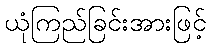
ယုံကြည်ခြင်းအားဖြင့်